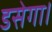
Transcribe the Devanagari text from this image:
डसेगा।